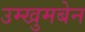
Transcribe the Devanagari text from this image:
उम्खुमबेन